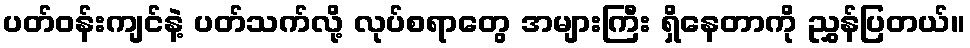
ပတ်ဝန်းကျင်နဲ့ ပတ်သက်လို့ လုပ်စရာတွေ အများကြီး ရှိနေတာကို ညွှန်ပြတယ်။